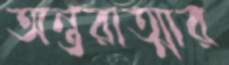
অন্তরাত্মার